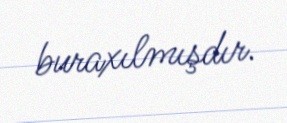
buraxılmışdır.